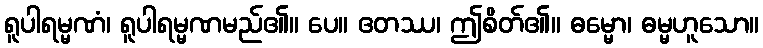
ရူပါရမ္မဏံ၊ ရူပါရမ္မဏမည်၏။ ပေ။ ဧတဿ၊ ဤစိတ်၏။ ဓမ္မော၊ ဓမ္မဟူသော။